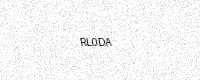
Text: RL0DA